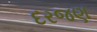
દરજણ